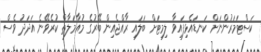
ކަސްޓަމަރުންނަށް ކަނޑައެޅިފައިވާ ލިމިޓަށް ބަލައި ރާއްޖެއިން ބޭރުގެ މުއާމަލާތް ކުރެވޭނެ އަދަދު ވެސް